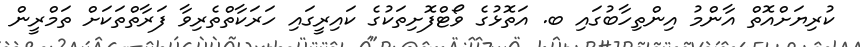
ކުރިޔަށްއޮތް އާންމު އިންތިހާބުގައި ބ. އަތޮޅުގެ ވޯޓްފޮށިތަކުގެ ކައިރީގައި ހަރަކާތްތެރިވާ ފަރާތްތަކަށް ތަމްރީން